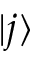
| j \rangle